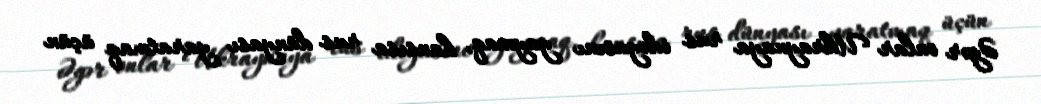
Əgər onlar Ukraynaya rus ideyasını yaymaq, hansısa rus dünyası yaratmaq üçün